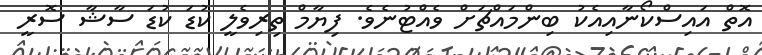
އޮތް އައިސްކޯނާއިއެކު ބިންމައްޗަށް ވެއްޓުނެވެ. ފިޔާމް ތިރިވެލީ ކުޑަ ކުޑަ ސާޝާ ސޮރީ